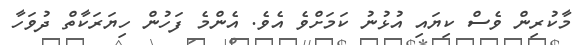
މާކުރިން ވެސް ކިޔައި އުޅުނު ކަމަށްވެ އެވެ. އެންމެ ފަހުން ހިޔަރަކާތް ދުވަހާ